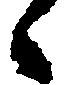
々